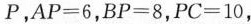
P，AP=6，BP=8，PC=10，